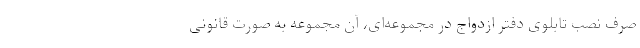
صرف نصب تابلوی دفتر ازدواج در مجموعه‌ای، آن مجموعه به صورت قانونی